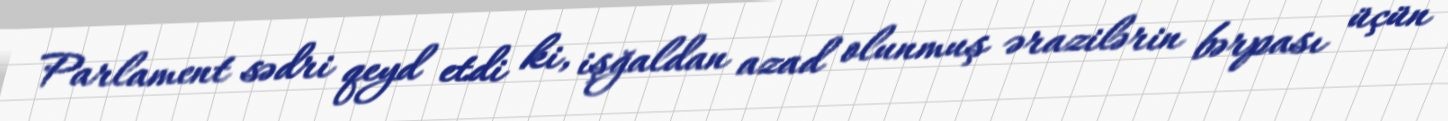
Parlament sədri qeyd etdi ki, işğaldan azad olunmuş ərazilərin bərpası üçün